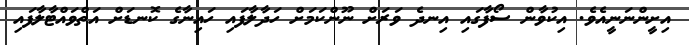
އިށީންނަނީއެވެ. އިކުވާން ސޯފާގައި އިނދެ ވަރަށް ނޫންކަމަށް ހަދާލާފައި ހައިނާގެ ކޮނޑަށް އަތްވައްޓާލާފައި